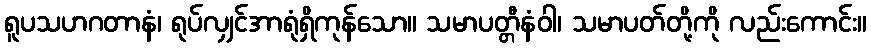
ရူပသဟဂတာနံ၊ ရုပ်လျှင်အာရုံရှိကုန်သော။ သမာပတ္တီနံဝါ၊ သမာပတ်တို့ကို လည်းကောင်း။